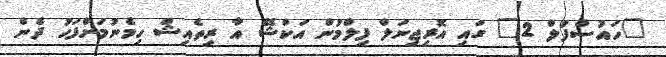
"ހައުސްފުލް 2" ގައި އޮރިޖިނަލް ފިލްމުން އަކްޝޭ އާ ރިތެއިޝް ހިމެނުމަށްފަހު ދެން